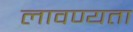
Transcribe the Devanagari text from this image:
लावण्‍यता